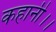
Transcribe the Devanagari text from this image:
कहानी।।